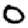
Digit: 0